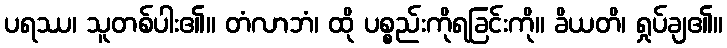
ပရဿ၊ သူတစ်ပါး၏။ တံလာဘံ၊ ထို ပစ္စည်းကိုရခြင်းကို။ ခိယတိ၊ ရှုပ်ချ၏။